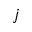
j